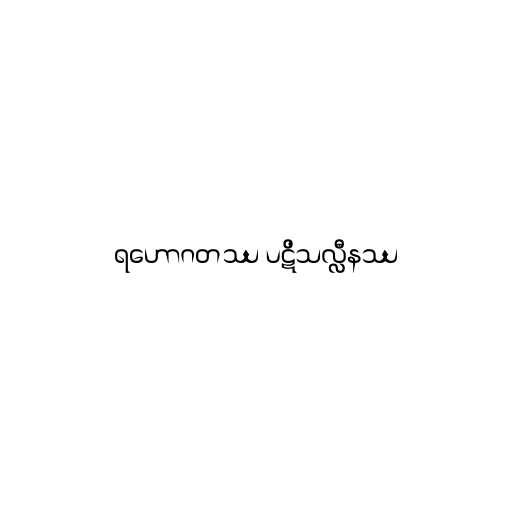
ရဟောဂတဿ ပဋိသလ္လီနဿ